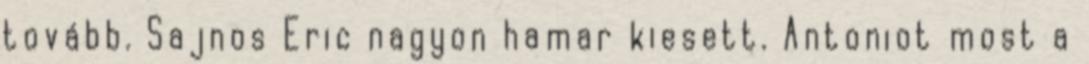
tovább. Sajnos Eric nagyon hamar kiesett. Antoniot most a